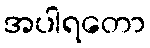
အပါရတော